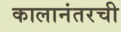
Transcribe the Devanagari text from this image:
कालानंतरची